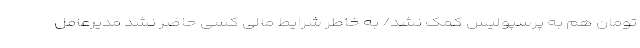
تومان هم به پرسپولیس کمک نشد/ به خاطر شرایط مالی کسی حاضر نشد مدیرعامل